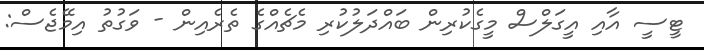
ޓީސީ އާއި އީގަލްސް މީގެކުރިން ބައްދަލުކުރި މެޗެއްގެ ތެރެއިން - ވަގުތު އިމޭޖެސް: